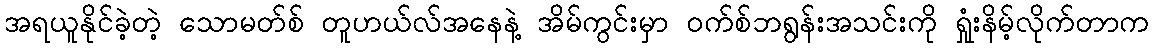
အရယူနိုင်ခဲ့တဲ့ သောမတ်စ် တူဟယ်လ်အနေနဲ့ အိမ်ကွင်းမှာ ဝက်စ်ဘရွန်းအသင်းကို ရှုံးနိမ့်လိုက်တာက